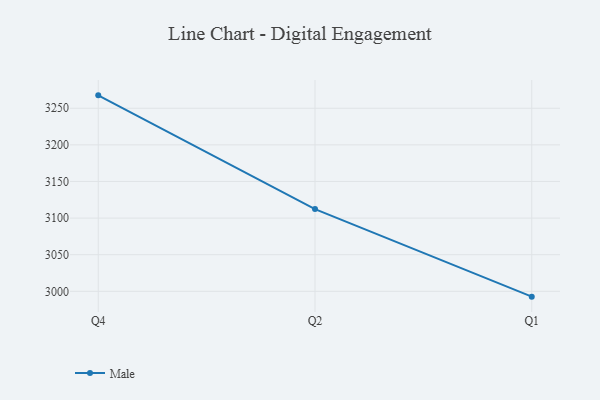
{"axis": {"x": "Quarter", "y": "Bounce Rate (%)"}, "legend": ["Male"], "data": [{"x": "Q4", "y": 3267.6, "type": "Male"}, {"x": "Q2", "y": 3112.3, "type": "Male"}, {"x": "Q1", "y": 2992.7, "type": "Male"}]}